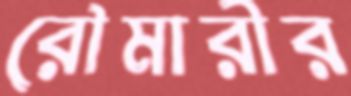
রৌমারীর